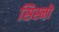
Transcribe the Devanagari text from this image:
सिस्नो